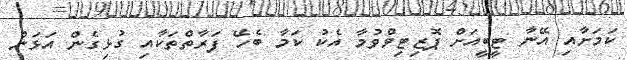
ކަމަށާއި އޭނާ ޓީބީއަށް ޕޮޒިޓިވްވުމާ އެކު ކަމާ ބެހޭ ފަރާތްތަކާއި ގުޅިގެން އަޅަން